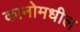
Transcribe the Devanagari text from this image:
कानोमधील